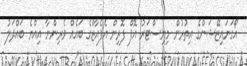
އޯގަނައިޒޭޝަންގެ އިތުރުން މިނިސްޓަރު އޮފް ފޮރިން އެފެއާޒްގެ ބައެއް ވެރިންނާ އިއްޔެ ބައްދަލު